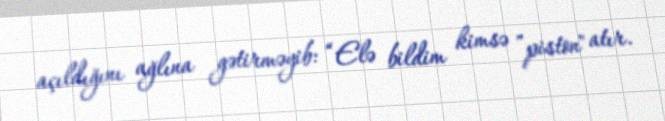
açıldığını ağlına gətirməyib: “Elə bildim kimsə ”piston" atır.